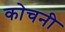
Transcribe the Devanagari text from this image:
कोचनी